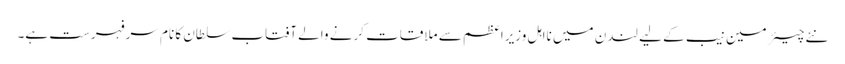
نئے چیئرمین نیب کے لیے لندن میں نااہل وزیراعظم سے ملاقات کرنے والے آفتاب سلطان کا نام سرفہرست ہے۔